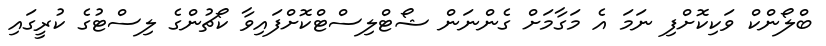
ބްލޯންކް ވަކިކޮށްފި ނަމަ އެ މަގާމަށް ގެންނަން ޝޯޓްލިސްޓްކޮށްފައިވާ ކޯޗުންގެ ލިސްޓުގެ ކުރީގައި